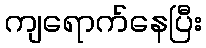
ကျရောက်နေပြီး